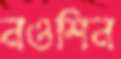
নওশিন